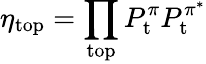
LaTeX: \eta_{\mathrm{top}}=\prod_{\mathrm{top}}P_{\mathrm{t}}^{\pi}P_{\mathrm{t}}^{\pi^{*}}